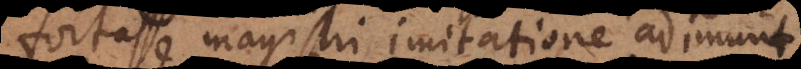
fortasse magistri imitatione adimunt.